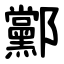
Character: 䣣